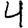
Digit: 4